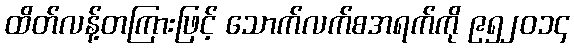
ထိတ်လန့်တကြားဖြင့် သောက်လက်စအရက်ကို ၉၅၂၀၁၄